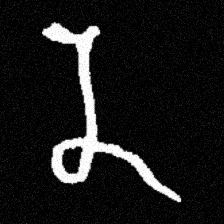
Pyu character \u2014 Myanmar letter: န (romanized: na)